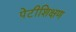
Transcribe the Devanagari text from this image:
पेटीशिक्षण